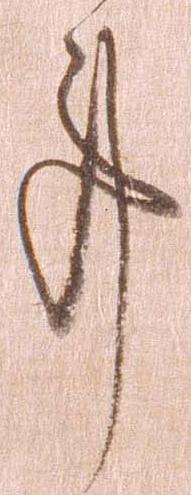
事